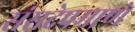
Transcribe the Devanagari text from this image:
संसदेप्रमाणे